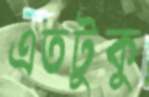
এতটুকু